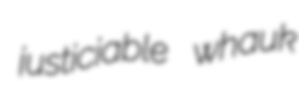
justiciable whauk